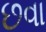
છવા